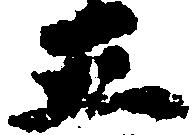
五